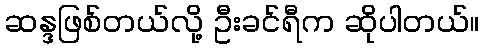
ဆန္ဒဖြစ်တယ်လို့ ဦးခင်ရီက ဆိုပါတယ်။